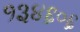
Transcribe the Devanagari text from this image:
१३४६०६